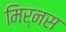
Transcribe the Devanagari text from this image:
मिर्नस